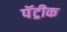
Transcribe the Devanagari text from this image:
पॅट्रीक